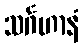
သင်္ဂဟာနံ